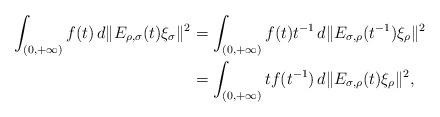
LaTeX: \begin{align*}\int_{(0,+\infty)}f(t)\,d\|E_{\rho,\sigma}(t)\xi_\sigma\|^2&=\int_{(0,+\infty)}f(t)t^{-1}\,d\|E_{\sigma,\rho}(t^{-1})\xi_\rho\|^2 \\&=\int_{(0,+\infty)}tf(t^{-1})\,d\|E_{\sigma,\rho}(t)\xi_\rho\|^2,\end{align*}